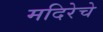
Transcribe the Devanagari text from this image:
मदिरेचे